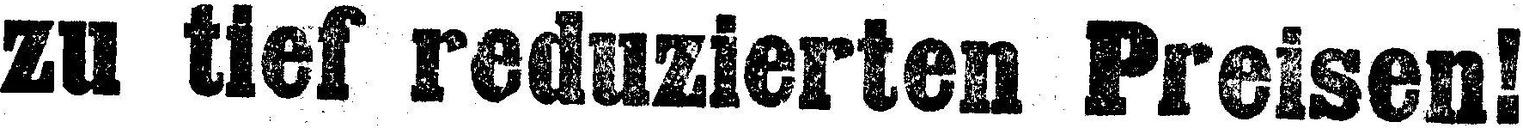
zu tief reduzierten Preisen!